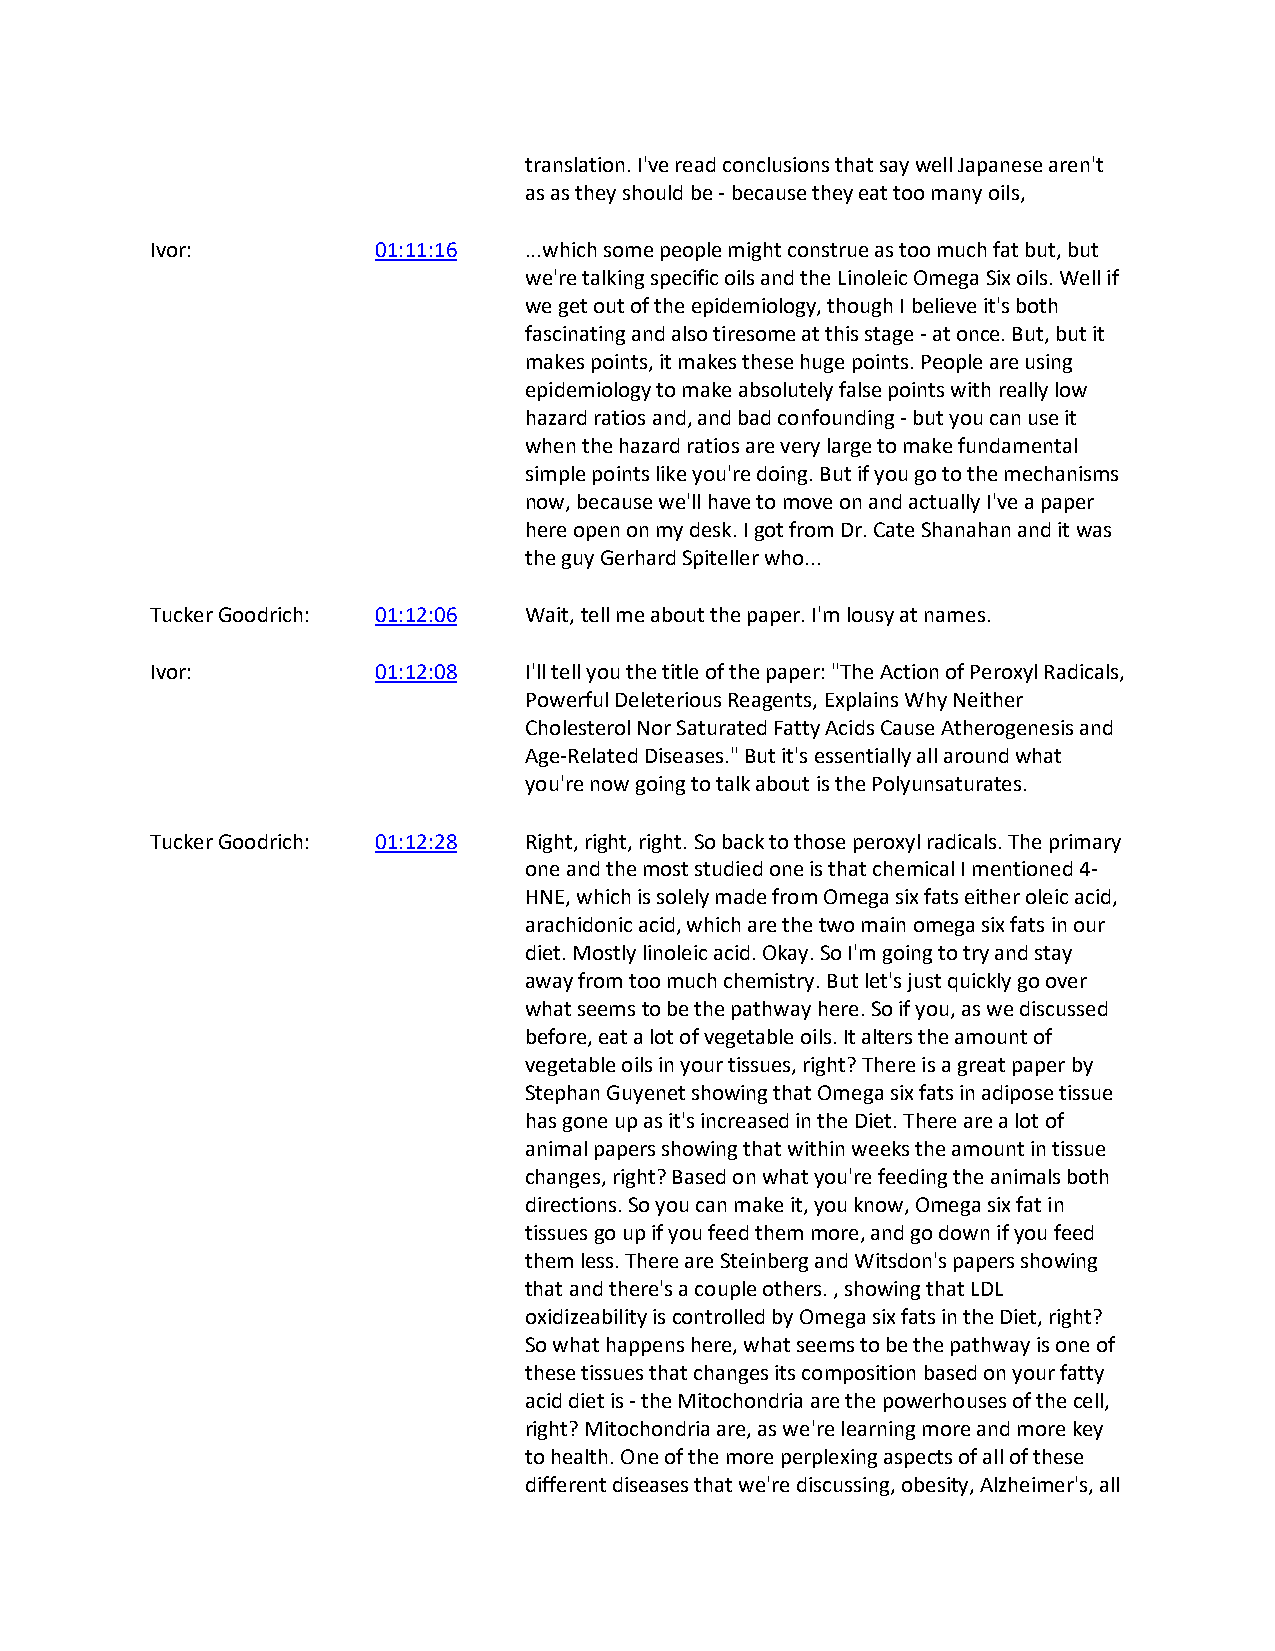
translation. I've read conclusions that say well Japanese aren't
 as as they should be - because they eat too many oils,
 Ivor:          01:11:16  ...which some people might construe as too much fat but, but
 we're talking specific oils and the Linoleic Omega Six oils. Well if
 we get out of the epidemiology, though I believe it's both
 fascinating and also tiresome at this stage - at once. But, but it
 makes points, it makes these huge points. People are using
 epidemiology to make absolutely false points with really low
 hazard ratios and, and bad confounding - but you can use it
 when the hazard ratios are very large to make fundamental
 simple points like you're doing. But if you go to the mechanisms
 now, because we'll have to move on and actually I've a paper
 here open on my desk. I got from Dr. Cate Shanahan and it was
 the guy Gerhard Spiteller who...
 Tucker Goodrich: 01:12:06 Wait, tell me about the paper. I'm lousy at names.
 Ivor:          01:12:08  I'll tell you the title of the paper: "The Action of Peroxyl Radicals,
 Powerful Deleterious Reagents, Explains Why Neither
 Cholesterol Nor Saturated Fatty Acids Cause Atherogenesis and
 Age-Related Diseases." But it's essentially all around what
 you're now going to talk about is the Polyunsaturates.
 Tucker Goodrich: 01:12:28 Right, right, right. So back to those peroxyl radicals. The primary
 one and the most studied one is that chemical I mentioned 4-
 HNE, which is solely made from Omega six fats either oleic acid,
 arachidonic acid, which are the two main omega six fats in our
 diet. Mostly linoleic acid. Okay. So I'm going to try and stay
 away from too much chemistry. But let's just quickly go over
 what seems to be the pathway here. So if you, as we discussed
 before, eat a lot of vegetable oils. It alters the amount of
 vegetable oils in your tissues, right? There is a great paper by
 Stephan Guyenet showing that Omega six fats in adipose tissue
 has gone up as it's increased in the Diet. There are a lot of
 animal papers showing that within weeks the amount in tissue
 changes, right? Based on what you're feeding the animals both
 directions. So you can make it, you know, Omega six fat in
 tissues go up if you feed them more, and go down if you feed
 them less. There are Steinberg and Witsdon's papers showing
 that and there's a couple others. , showing that LDL
 oxidizeability is controlled by Omega six fats in the Diet, right?
 So what happens here, what seems to be the pathway is one of
 these tissues that changes its composition based on your fatty
 acid diet is - the Mitochondria are the powerhouses of the cell,
 right? Mitochondria are, as we're learning more and more key
 to health. One of the more perplexing aspects of all of these
 different diseases that we're discussing, obesity, Alzheimer's, all